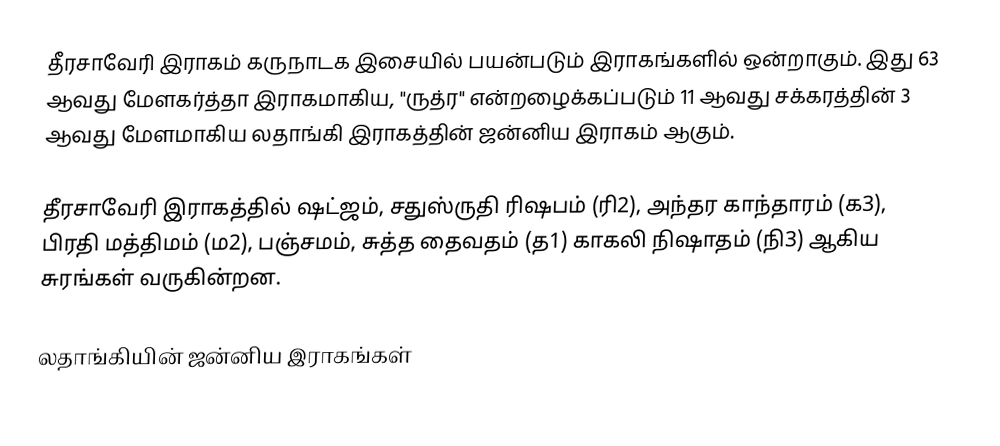
தீரசாவேரி இராகம் கருநாடக இசையில் பயன்படும் இராகங்களில் ஒன்றாகும். இது 63 ஆவது மேளகர்த்தா இராகமாகிய, "ருத்ர" என்றழைக்கப்படும் 11 ஆவது சக்கரத்தின் 3 ஆவது மேளமாகிய லதாங்கி இராகத்தின் ஜன்னிய இராகம் ஆகும்.

தீரசாவேரி இராகத்தில் ஷட்ஜம், சதுஸ்ருதி ரிஷபம் (ரி2),  அந்தர காந்தாரம் (க3), பிரதி மத்திமம் (ம2), பஞ்சமம்,  சுத்த தைவதம் (த1) காகலி நிஷாதம்  (நி3) ஆகிய சுரங்கள் வருகின்றன.

லதாங்கியின் ஜன்னிய இராகங்கள்